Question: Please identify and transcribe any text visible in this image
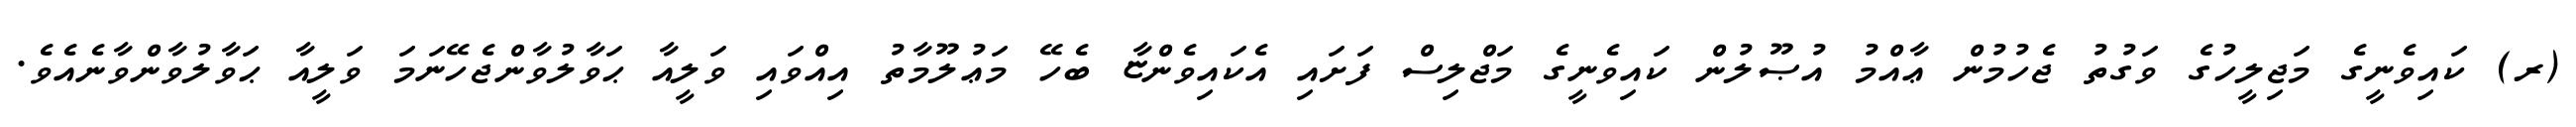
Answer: (ރ) ކައިވެނީގެ މަޖިލީހުގެ ވަގުތު ޖެހުމުން ޢާއްމު އުޞޫލުން ކައިވެނީގެ މަޖްލިސް ފަށައި އެކައިވެންޏާ ބެހޭ މަޢުލޫމާތު އިއްވައި ވަލީއާ ޙަވާލުވާންޖެހޭނަމަ ވަލީއާ ޙަވާލުވާންވާނެއެވެ.